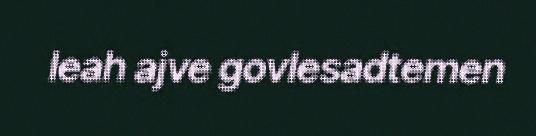
leah ajve govlesadtemen